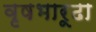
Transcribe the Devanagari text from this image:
वृषभारूढा